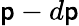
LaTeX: \mathsf{p}-d\mathsf{p}